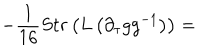
- \frac { 1 } { 1 6 } S t r \left( L \left( \partial _ { \tau } g g ^ { - 1 } \right) \right) =